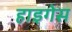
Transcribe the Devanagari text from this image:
हाइगेस